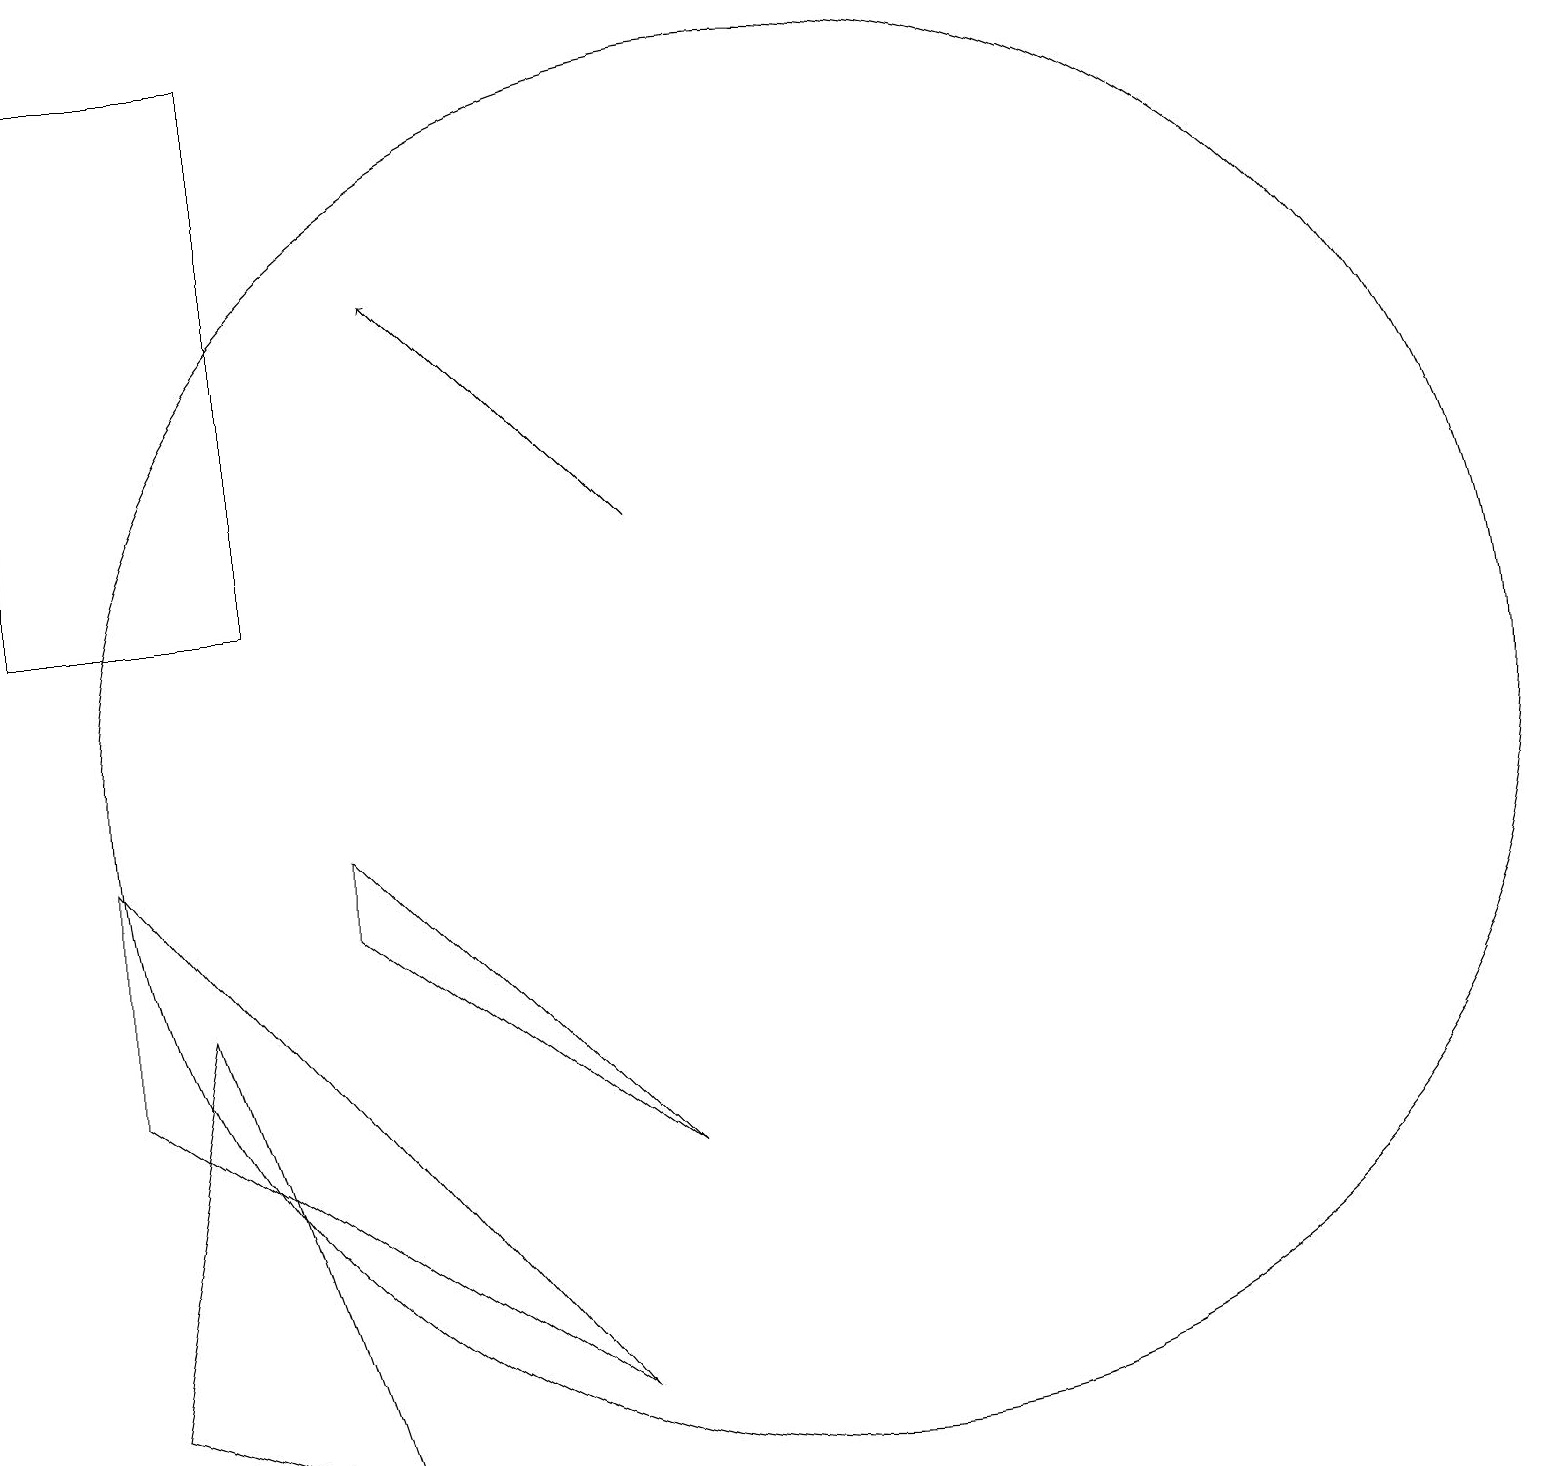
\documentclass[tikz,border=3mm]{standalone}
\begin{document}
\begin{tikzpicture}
\draw (11,10) circle (9);
\draw (4,19) rectangle (1,12);
\draw[->] (9,13) -- (6,16);
\draw (2,9) -- (2,6) -- (8,2) -- cycle;
\draw (5,8) -- (9,5) -- (5,9) -- cycle;
\draw (5,1) -- (3,7) -- (2,2) -- cycle;
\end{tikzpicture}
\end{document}